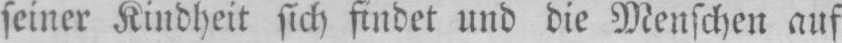
seiner Kindheit sich findet und die Menschen auf